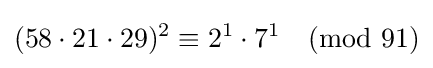
(58\cdot 21\cdot 29)^{2}\equiv 2^{1}\cdot 7^{1}{\pmod {91}}